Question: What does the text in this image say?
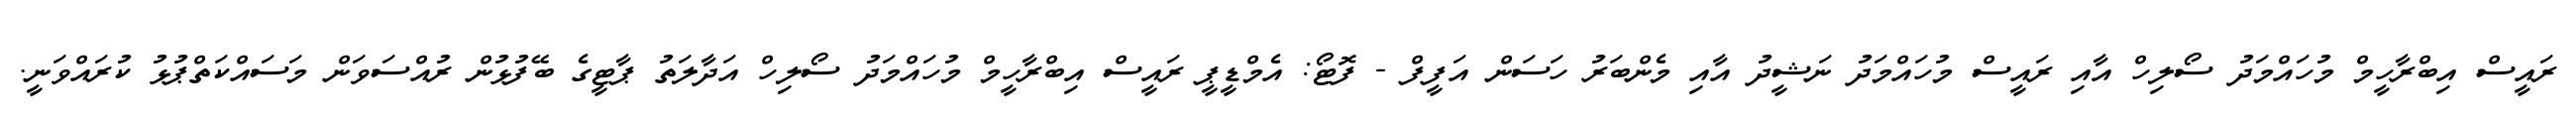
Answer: ރައީސް އިބްރާހީމް މުހައްމަދު ސޯލިހް އާއި ރައީސް މުހައްމަދު ނަޝީދު އާއި މެންބަރު ހަސަން އަފީފް - ފޮޓޯ: އެމްޑީޕީ ރައީސް އިބްރާހީމް މުހައްމަދު ސޯލިހް އަދާލަތު ޕާޓީގެ ބޭފުޅުން ރުއްސަވަން މަސައްކަތްޕުޅު ކުރައްވަނީ.